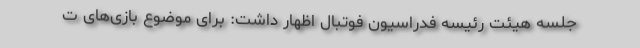
جلسه هیئت رئیسه فدراسیون فوتبال اظهار داشت: برای موضوع بازی‌های ت